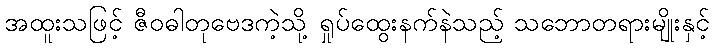
အထူးသဖြင့် ဇီဝဓါတုဗေဒကဲ့သို့ ရှုပ်ထွေးနက်နဲသည့် သဘောတရားမျိုးနှင့်